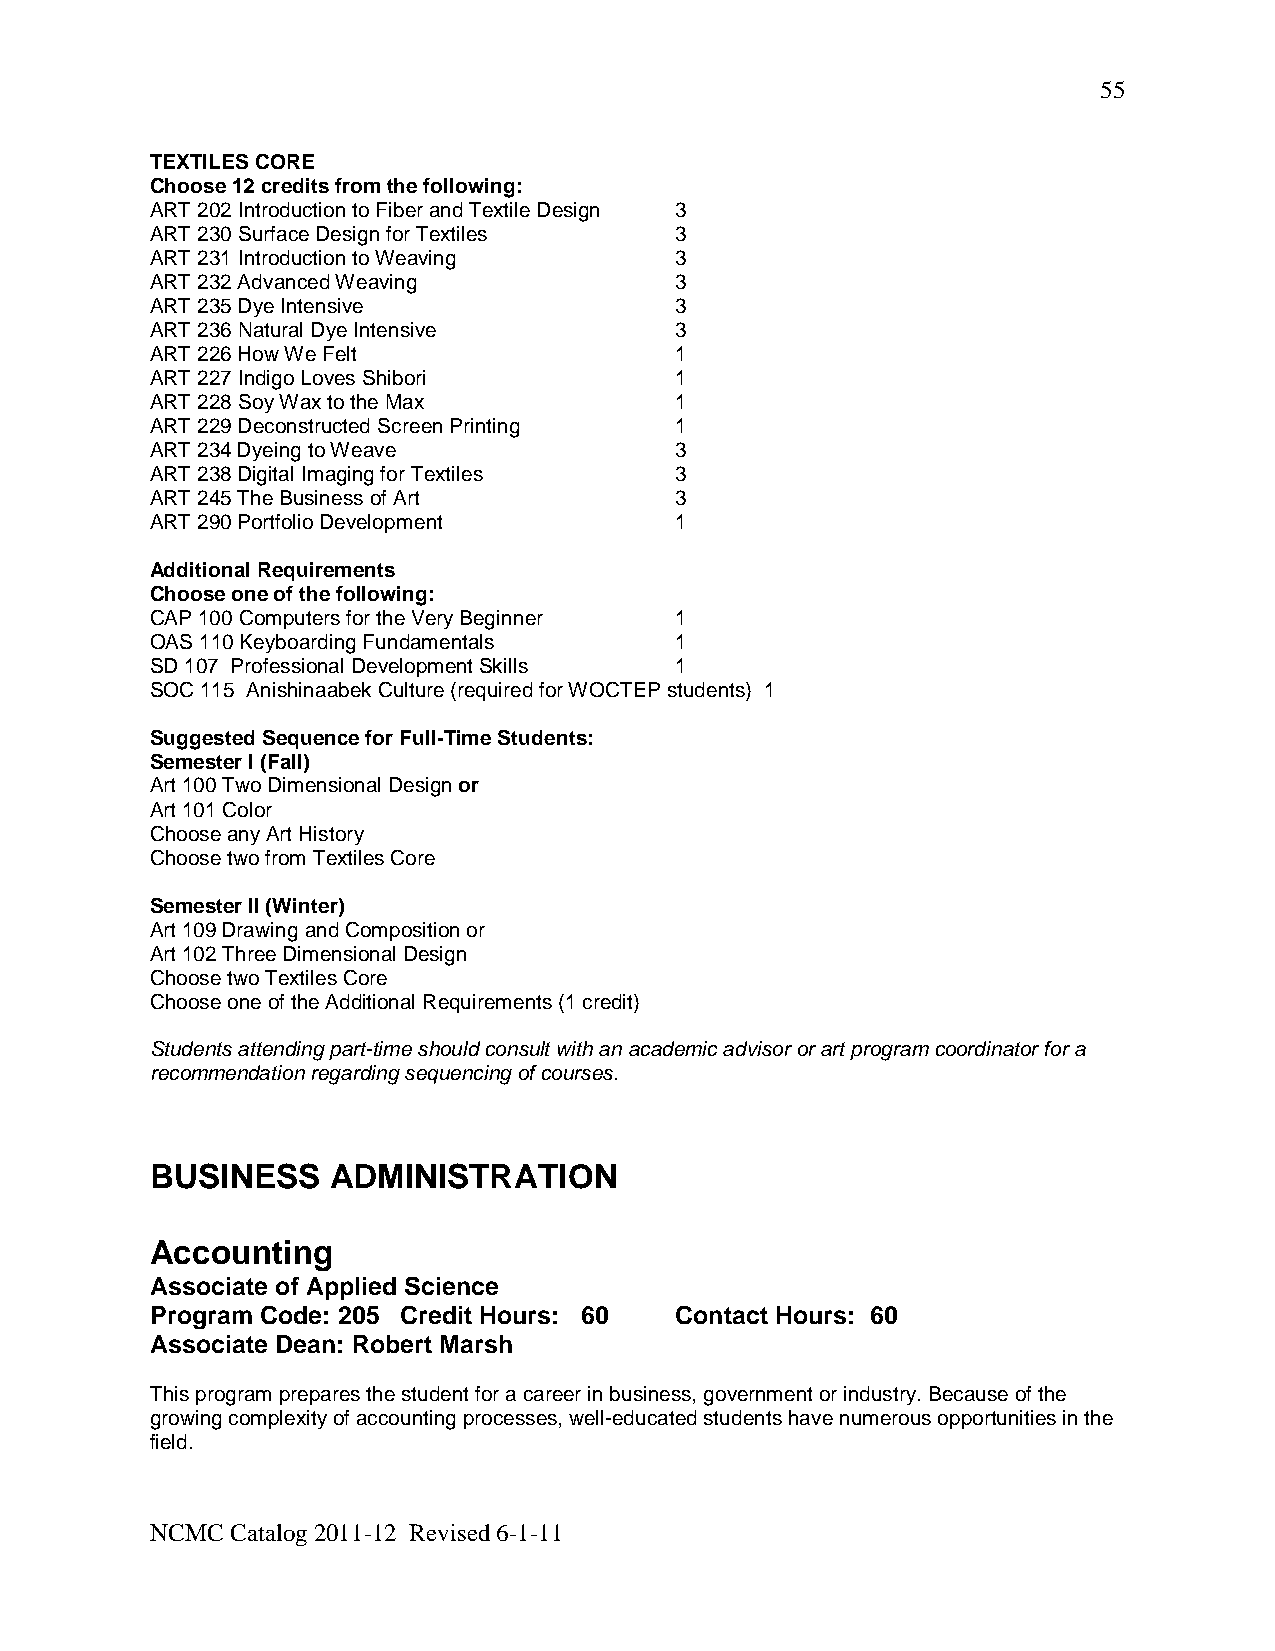
55
 TEXTILES CORE
 Choose 12 credits from the following:
 ART 202 Introduction to Fiber and Textile Design 3
 ART 230 Surface Design for Textiles 3
 ART 231 Introduction to Weaving    3
 ART 232 Advanced Weaving           3
 ART 235 Dye Intensive              3
 ART 236 Natural Dye Intensive      3
 ART 226 How We Felt                1
 ART 227 Indigo Loves Shibori       1
 ART 228 Soy Wax to the Max         1
 ART 229 Deconstructed Screen Printing 1
 ART 234 Dyeing to Weave            3
 ART 238 Digital Imaging for Textiles 3
 ART 245 The Business of Art        3
 ART 290 Portfolio Development      1
 Additional Requirements
 Choose one of the following:
 CAP 100 Computers for the Very Beginner 1
 OAS 110 Keyboarding Fundamentals   1
 SD 107 Professional Development Skills 1
 SOC 115 Anishinaabek Culture (required for WOCTEP students) 1
 Suggested Sequence for Full-Time Students:
 Semester l (Fall)
 Art 100 Two Dimensional Design or
 Art 101 Color
 Choose any Art History
 Choose two from Textiles Core
 Semester II (Winter)
 Art 109 Drawing and Composition or
 Art 102 Three Dimensional Design
 Choose two Textiles Core
 Choose one of the Additional Requirements (1 credit)
 Students attending part-time should consult with an academic advisor or art program coordinator for a
 recommendation regarding sequencing of courses.
 BUSINESS    ADMINISTRATION
 Accounting
 Associate of Applied Science
 Program Code: 205 Credit Hours: 60 Contact Hours: 60
 Associate Dean: Robert Marsh
 This program prepares the student for a career in business, government or industry. Because of the
 growing complexity of accounting processes, well-educated students have numerous opportunities in the
 field.
 NCMC Catalog 2011-12 Revised 6-1-11